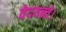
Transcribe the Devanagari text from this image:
वेदयन्ते।